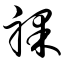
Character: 裸